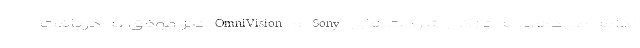
ادامه می‌دهد. به تازگی شرکت‌های Sony و OmniVision نیز موفق به دریافت